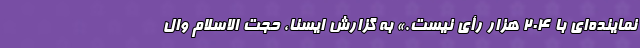
نماینده‌ای با ۲۰۴ هزار رأی نیست.» به گزارش ایسنا، حجت الاسلام وال